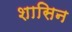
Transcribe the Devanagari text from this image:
शासिन